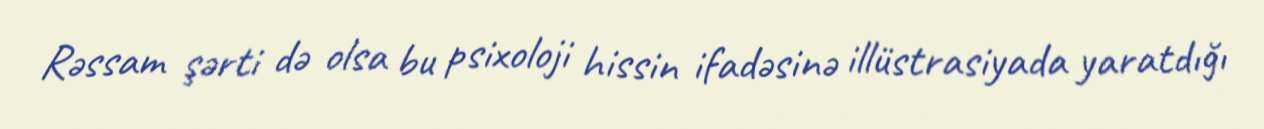
Rəssam şərti də olsa bu psixoloji hissin ifadəsinə illüstrasiyada yaratdığı